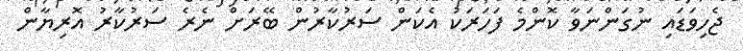
ޖެހިވަޑައި ނުގަންނަވާ ކޮންމެ ފަހަރަކު އެކަން ސަރުކާރުން ބޭރަށް ނެރެ ސަރުކާރު އޮރިޔާން